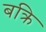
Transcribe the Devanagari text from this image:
बक्रि